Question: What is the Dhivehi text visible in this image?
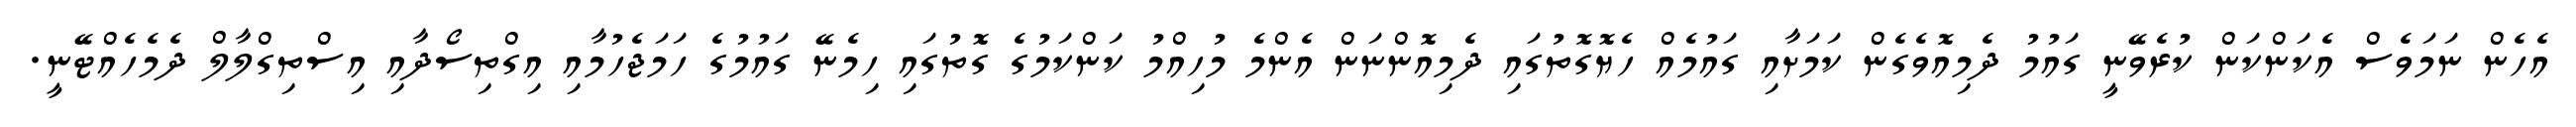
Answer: އެހެން ނަމަވެސް އެކަންކަން ކުރެވޭނީ ގައުމު ދެމިއޮވެގެން ކަމަށާއި ގައުމެއް ހެޔޮގޮތުގައި ދެމިއޮންނަން އެންމެ މުހިއްމު ކަންކަމުގެ ގޮތުގައި ހިމެނޭ ގައުމުގެ ހަމަޖެހުމާއި އިގްތިސޯދާއި އިސްތިގްލާލް ދެމެހެއްޓޭނީ.